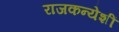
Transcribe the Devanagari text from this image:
राजकन्येशीं